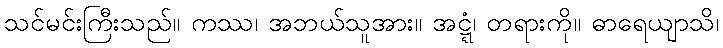
သင်မင်းကြီးသည်။ ကဿ၊ အဘယ်သူအား။ အဋ္ဋံ၊ တရားကို။ ဓာရေယျာသိ၊